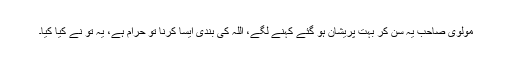
مولوی صاحب یہ سن کر بہت پریشان ہو گئے کہنے لگے، اللہ کی بندی ایسا کرنا تو حرام ہے، یہ تو نے کیا کیا۔